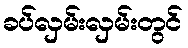
ခပ်လှမ်းလှမ်းတွင်